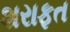
શરાફત